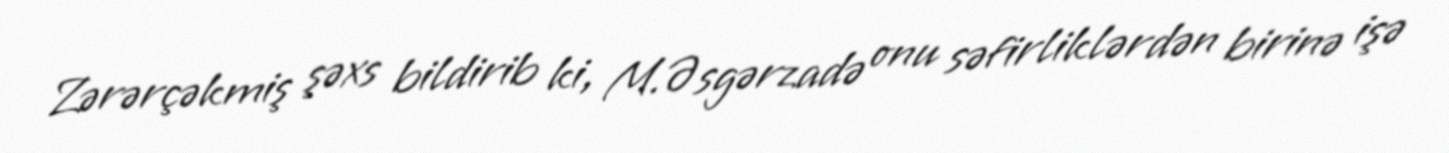
Zərərçəkmiş şəxs bildirib ki, M.Əsgərzadə onu səfirliklərdən birinə işə